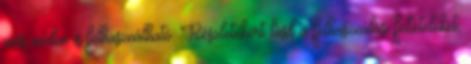
más módon is felhasználható. Részletekért lásd a felhasználási feltételeket.